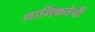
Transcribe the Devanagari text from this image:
धार्मिकतेची